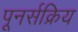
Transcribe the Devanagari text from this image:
पूनर्सक्रिय